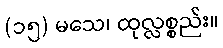
(၁၅) မသေ၊ ထုလ္လစ္စည်း။